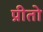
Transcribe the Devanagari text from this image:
प्रीतो